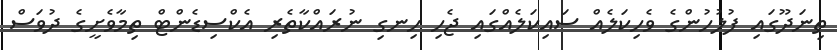
ތިނަދޫގައި ފުލުހުންގެ ވެހިކަލެއް ސައިކަލެއްގައި ޖެހި ހިނގި ނުރައްކާތެރި އެކްސިޑެންޓް ތިމާވެށީގެ ދުވަސް